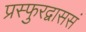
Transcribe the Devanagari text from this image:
प्रस्फुरद्वाससं